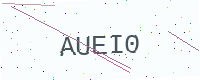
Text: AUEI0